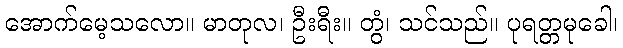
အောက်မေ့သလော။ မာတုလ၊ ဦးရီး။ တွံ၊ သင်သည်။ ပုရတ္တမုခေါ၊